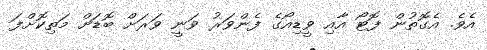
އެވެ. އެގޮތުން ފޮޓޯ އާއި ވީޑިއޯގެ ފެންވަރު ވަނީ ވަރަށް ބޮޑަށް މަތިކޮށްފަ